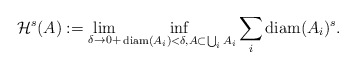
\begin{align*}\mathcal{H}^s(A) := \lim_{\delta \to 0+} \inf_{\mathrm{diam}(A_i) < \delta, A \subset \bigcup_i A_i} \sum_{i} \mathrm{diam}(A_i)^s.\end{align*}